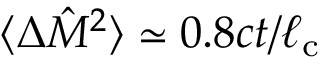
\langle \Delta \hat { M } ^ { 2 } \rangle \simeq 0 . 8 c t / \ell _ { \mathrm { c } }